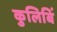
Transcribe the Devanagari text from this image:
कुलिबिं